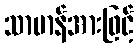
သာမာန်အားဖြင့်